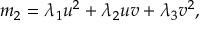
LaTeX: m _ { 2 } = \lambda _ { 1 } u ^ { 2 } + \lambda _ { 2 } u v + \lambda _ { 3 } v ^ { 2 } ,